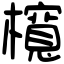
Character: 𣟂